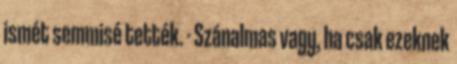
ismét semmisé tették. - Szánalmas vagy, ha csak ezeknek